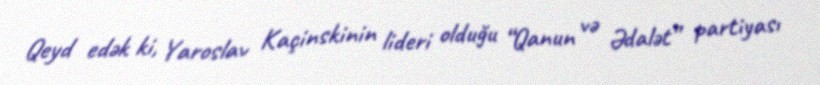
Qeyd edək ki, Yaroslav Kaçinskinin lideri olduğu “Qanun və Ədalət” partiyası